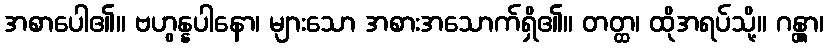
အစာပေါ၏။ ဗဟွန္နပါနော၊ များသော အစားအသောက်ရှိ၏။ တတ္ထ၊ ထိုအရပ်သို့။ ဂန္တွာ၊